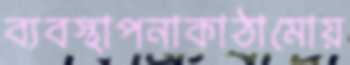
ব্যবস্থাপনাকাঠামোয়